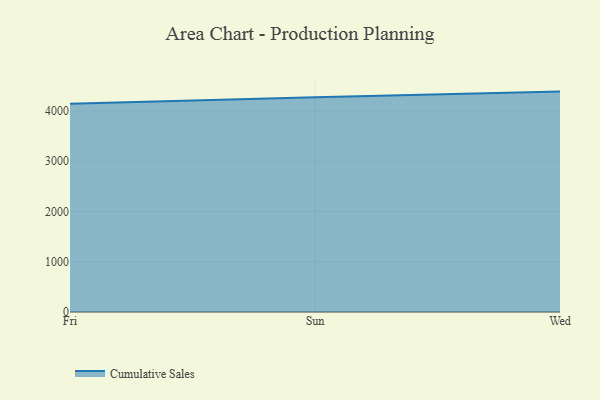
{"axis": {"x": "Day", "y": "Net Income (USD K)"}, "legend": ["Cumulative Sales"], "data": [{"x": "Fri", "y": 4145.8, "type": "Cumulative Sales"}, {"x": "Sun", "y": 4275.4, "type": "Cumulative Sales"}, {"x": "Wed", "y": 4386.8, "type": "Cumulative Sales"}]}